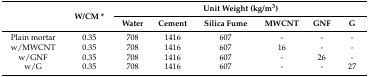
<table><thead><tr><td rowspan="2">[EMPTY_CELL]</td><td rowspan="2"><b>W/CM *</b></td><td colspan="6"><b>Unit Weight (kg/m<sup>3</sup>)</b></td></tr><tr><td><b>Water</b></td><td><b>Cement</b></td><td><b>Silica Fume</b></td><td><b>MWCNT</b></td><td><b>GNF</b></td><td><b>G</b></td></tr></thead><tbody><tr><td>Plain mortar</td><td>0.35</td><td>708</td><td>1416</td><td>607</td><td>-</td><td>-</td><td>-</td></tr><tr><td>w/MWCNT</td><td>0.35</td><td>708</td><td>1416</td><td>607</td><td>16</td><td>-</td><td>-</td></tr><tr><td>w/GNF</td><td>0.35</td><td>708</td><td>1416</td><td>607</td><td>-</td><td>26</td><td>-</td></tr><tr><td>w/G</td><td>0.35</td><td>708</td><td>1416</td><td>607</td><td>-</td><td>-</td><td>27</td></tr></tbody></table>